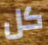
كل